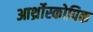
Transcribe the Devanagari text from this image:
आर्थ्रोस्कोपिक